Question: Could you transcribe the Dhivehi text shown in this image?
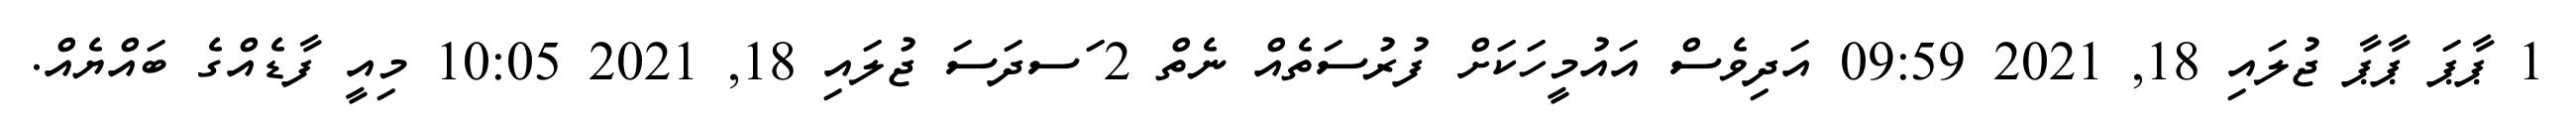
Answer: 1 ޕާޕަ ޕާޕާ ޖުލައި 18, 2021 09:59 އަދިވެސް އައުމީހަކަށް ފުރުސަތެއް ނެތް 2 ަސދަސަ ޖުލައި 18, 2021 10:05 މިއީ ފާޑެއްގެ ބައްޔެއް.